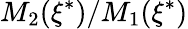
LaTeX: M_{2}(\xi^{*})/M_{1}(\xi^{*})